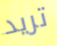
تريد